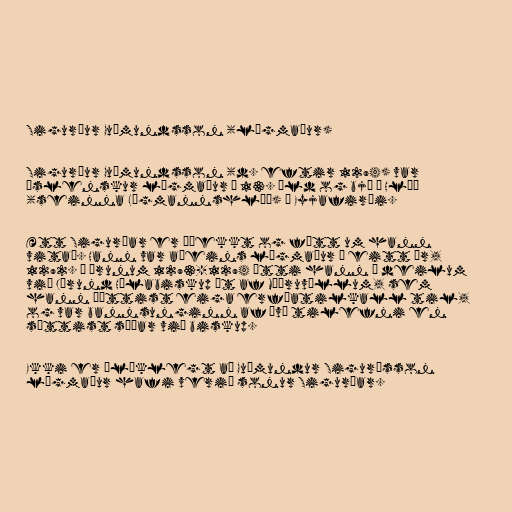
Sigurður Guðmundsson (lögmaður)

Sigurður Guðmundsson (d. eftir 1294) var
íslenskur lögmaður á 13. öld og bjó í Hlíð
(seinna Lögmannshlíð) í Eyjafirði.

Ætt Sigurðar er óþekkt og fátt um hann
vitað. Hann var aðeins lögmaður í eitt ár,
1292. Á árunum 1293-1294 átti hann í deilum
við Jörund Hólabiskup út af Möðruvöllum, sem
hann þóttist eiga erfðatilkall til,
og var bannsunginn af því tilefni en
sættist síðar við biskup.

Ekki er ólíklegt að Guðmundur Sigurðsson
lögmaður hafi verið sonur Sigurðar.